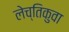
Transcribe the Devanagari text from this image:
लेच्तिकुवा